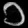
Digit: ၁